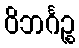
ဝိဘင်္ဂဉ္စ